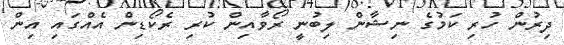
ދިރުން ހުރި ކަމުގެ ނިޝާން ލިބުނީ ރޯވާއިން ކުރި ރެކޯޑިން އެއްގައި އިން